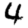
Digit: 4